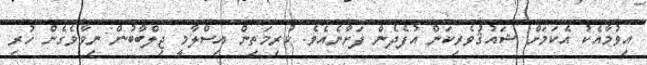
އިވުމާއެކު އެކަމަށް ޝައުޤުވެރިކަން އުފެދެން ފަށާނެއެވެ. ކުރިމަތިން އިސްލާމީ ޖިލްބާބުން ނިވާވެގެން ހުރި